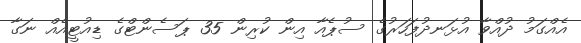
އެއްގަމު ދުއްވާ އުޅަނދުފަހަރުގެ ސުޕެއާ އިން ކުރިން 35 ޕަސެންޓްގެ ޑިއުޓީއެއް ނަގާ